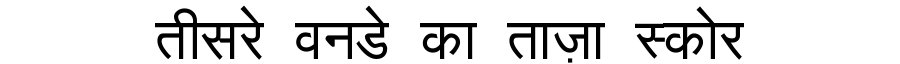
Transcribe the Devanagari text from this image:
तीसरे वनडे का ताज़ा स्कोर